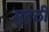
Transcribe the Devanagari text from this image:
मुट्‌ठी